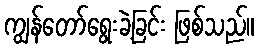
ကျွန်တော်ရွေးခဲ့ခြင်း ဖြစ်သည်။